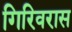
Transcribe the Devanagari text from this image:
गिरिवरास